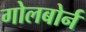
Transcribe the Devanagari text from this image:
गोलबोर्न